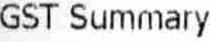
GST SUMMARY